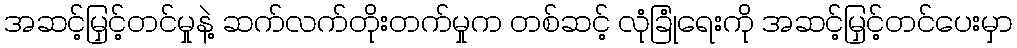
အဆင့်မြှင့်တင်မှုနဲ့ ဆက်လက်တိုးတက်မှုက တစ်ဆင့် လုံခြုံရေးကို အဆင့်မြှင့်တင်ပေးမှာ